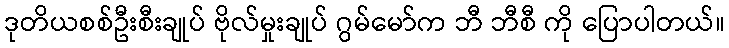
ဒုတိယစစ်ဦးစီးချုပ် ဗိုလ်မှုးချုပ် ဂွမ်မော်က ဘီ ဘီစီ ကို ပြောပါတယ်။